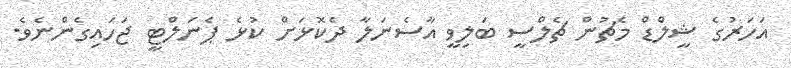
އަހަރުގެ ޝީލްޑް މެޗުން ޗެލްސީ ބަލިވީ އާސެނަލާ ދެކޮޅަށް ކުޅެ ޕެނަލްޓީ ޖަހައިގެންނެވެ.